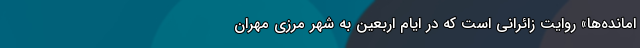
امانده‌ها» روایت زائرانی است که در ایام اربعین به شهر مرزی مهران